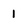
Character: l